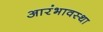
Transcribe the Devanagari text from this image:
आरंभावस्था